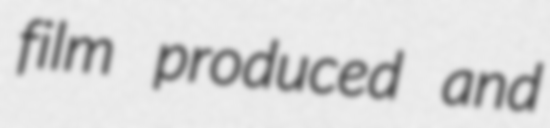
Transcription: film produced and